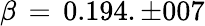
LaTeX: \beta\, =\, 0.194.\pm 007